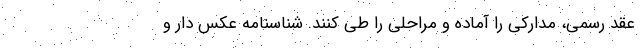
عقد رسمی، مدارکی را آماده و مراحلی را طی کنند. شناسنامه عکس دار و